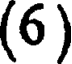
(6)